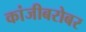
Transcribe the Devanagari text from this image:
कांजीबरोबर